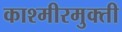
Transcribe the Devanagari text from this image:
काश्मीरमुक्ती